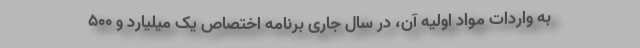
به واردات مواد اولیه آن، در سال جاری برنامه اختصاص یک میلیارد و ۵۰۰